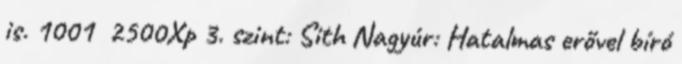
is. 1001 2500Xp 3. szint: Sith Nagyúr: Hatalmas erővel bíró